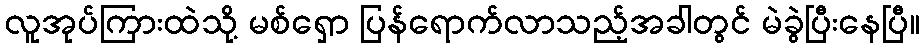
လူအုပ်ကြားထဲသို့ မစ်ရှော ပြန်ရောက်လာသည့်အခါတွင် မဲခွဲပြီးနေပြီ။